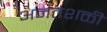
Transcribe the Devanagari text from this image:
अनंतशक्ती